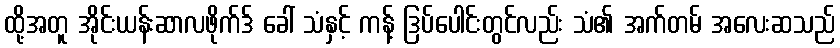
ထို့အတူ အိုင်းယန်းဆာလဖိုက်ဒ် ခေါ် သံနှင့် ကန့် ဒြပ်ပေါင်းတွင်လည်း သံ၏ အက်တမ် အလေးဆသည်